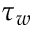
\tau _ { w }